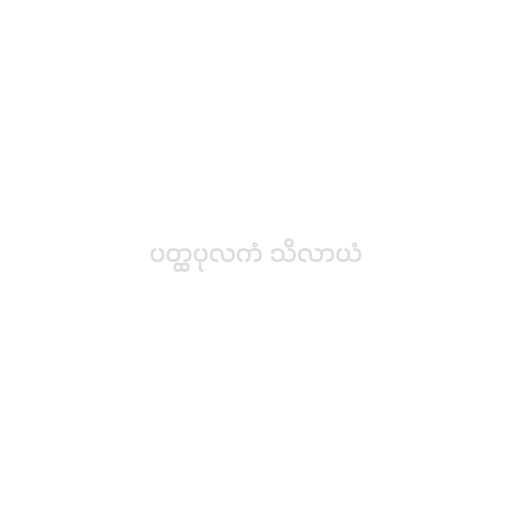
ပတ္ထပုလကံ သိလာယံ